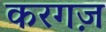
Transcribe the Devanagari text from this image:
करगज़